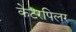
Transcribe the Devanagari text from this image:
केटरपिलर